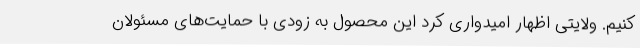
کنیم. ولایتی اظهار امیدواری کرد این محصول به زودی با حمایت‌های مسئولان